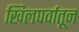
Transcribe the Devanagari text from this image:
खिलपर्वातून